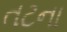
તટના